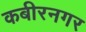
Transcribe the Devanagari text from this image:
कबीरनगर